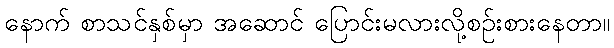
နောက် စာသင်နှစ်မှာ အဆောင် ပြောင်းမလားလို့စဉ်းစားနေတာ။